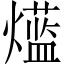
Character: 𱬡